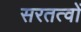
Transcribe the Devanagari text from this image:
सरतत्वों